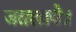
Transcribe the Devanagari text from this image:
जतलाये।